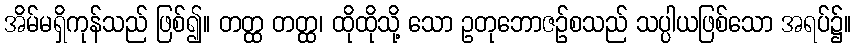
အိမ်မရှိကုန်သည် ဖြစ်၍။ တတ္ထ တတ္ထ၊ ထိုထိုသို့ သော ဥတုဘောဇဉ်စသည် သပ္ပါယဖြစ်သော အရပ်၌။